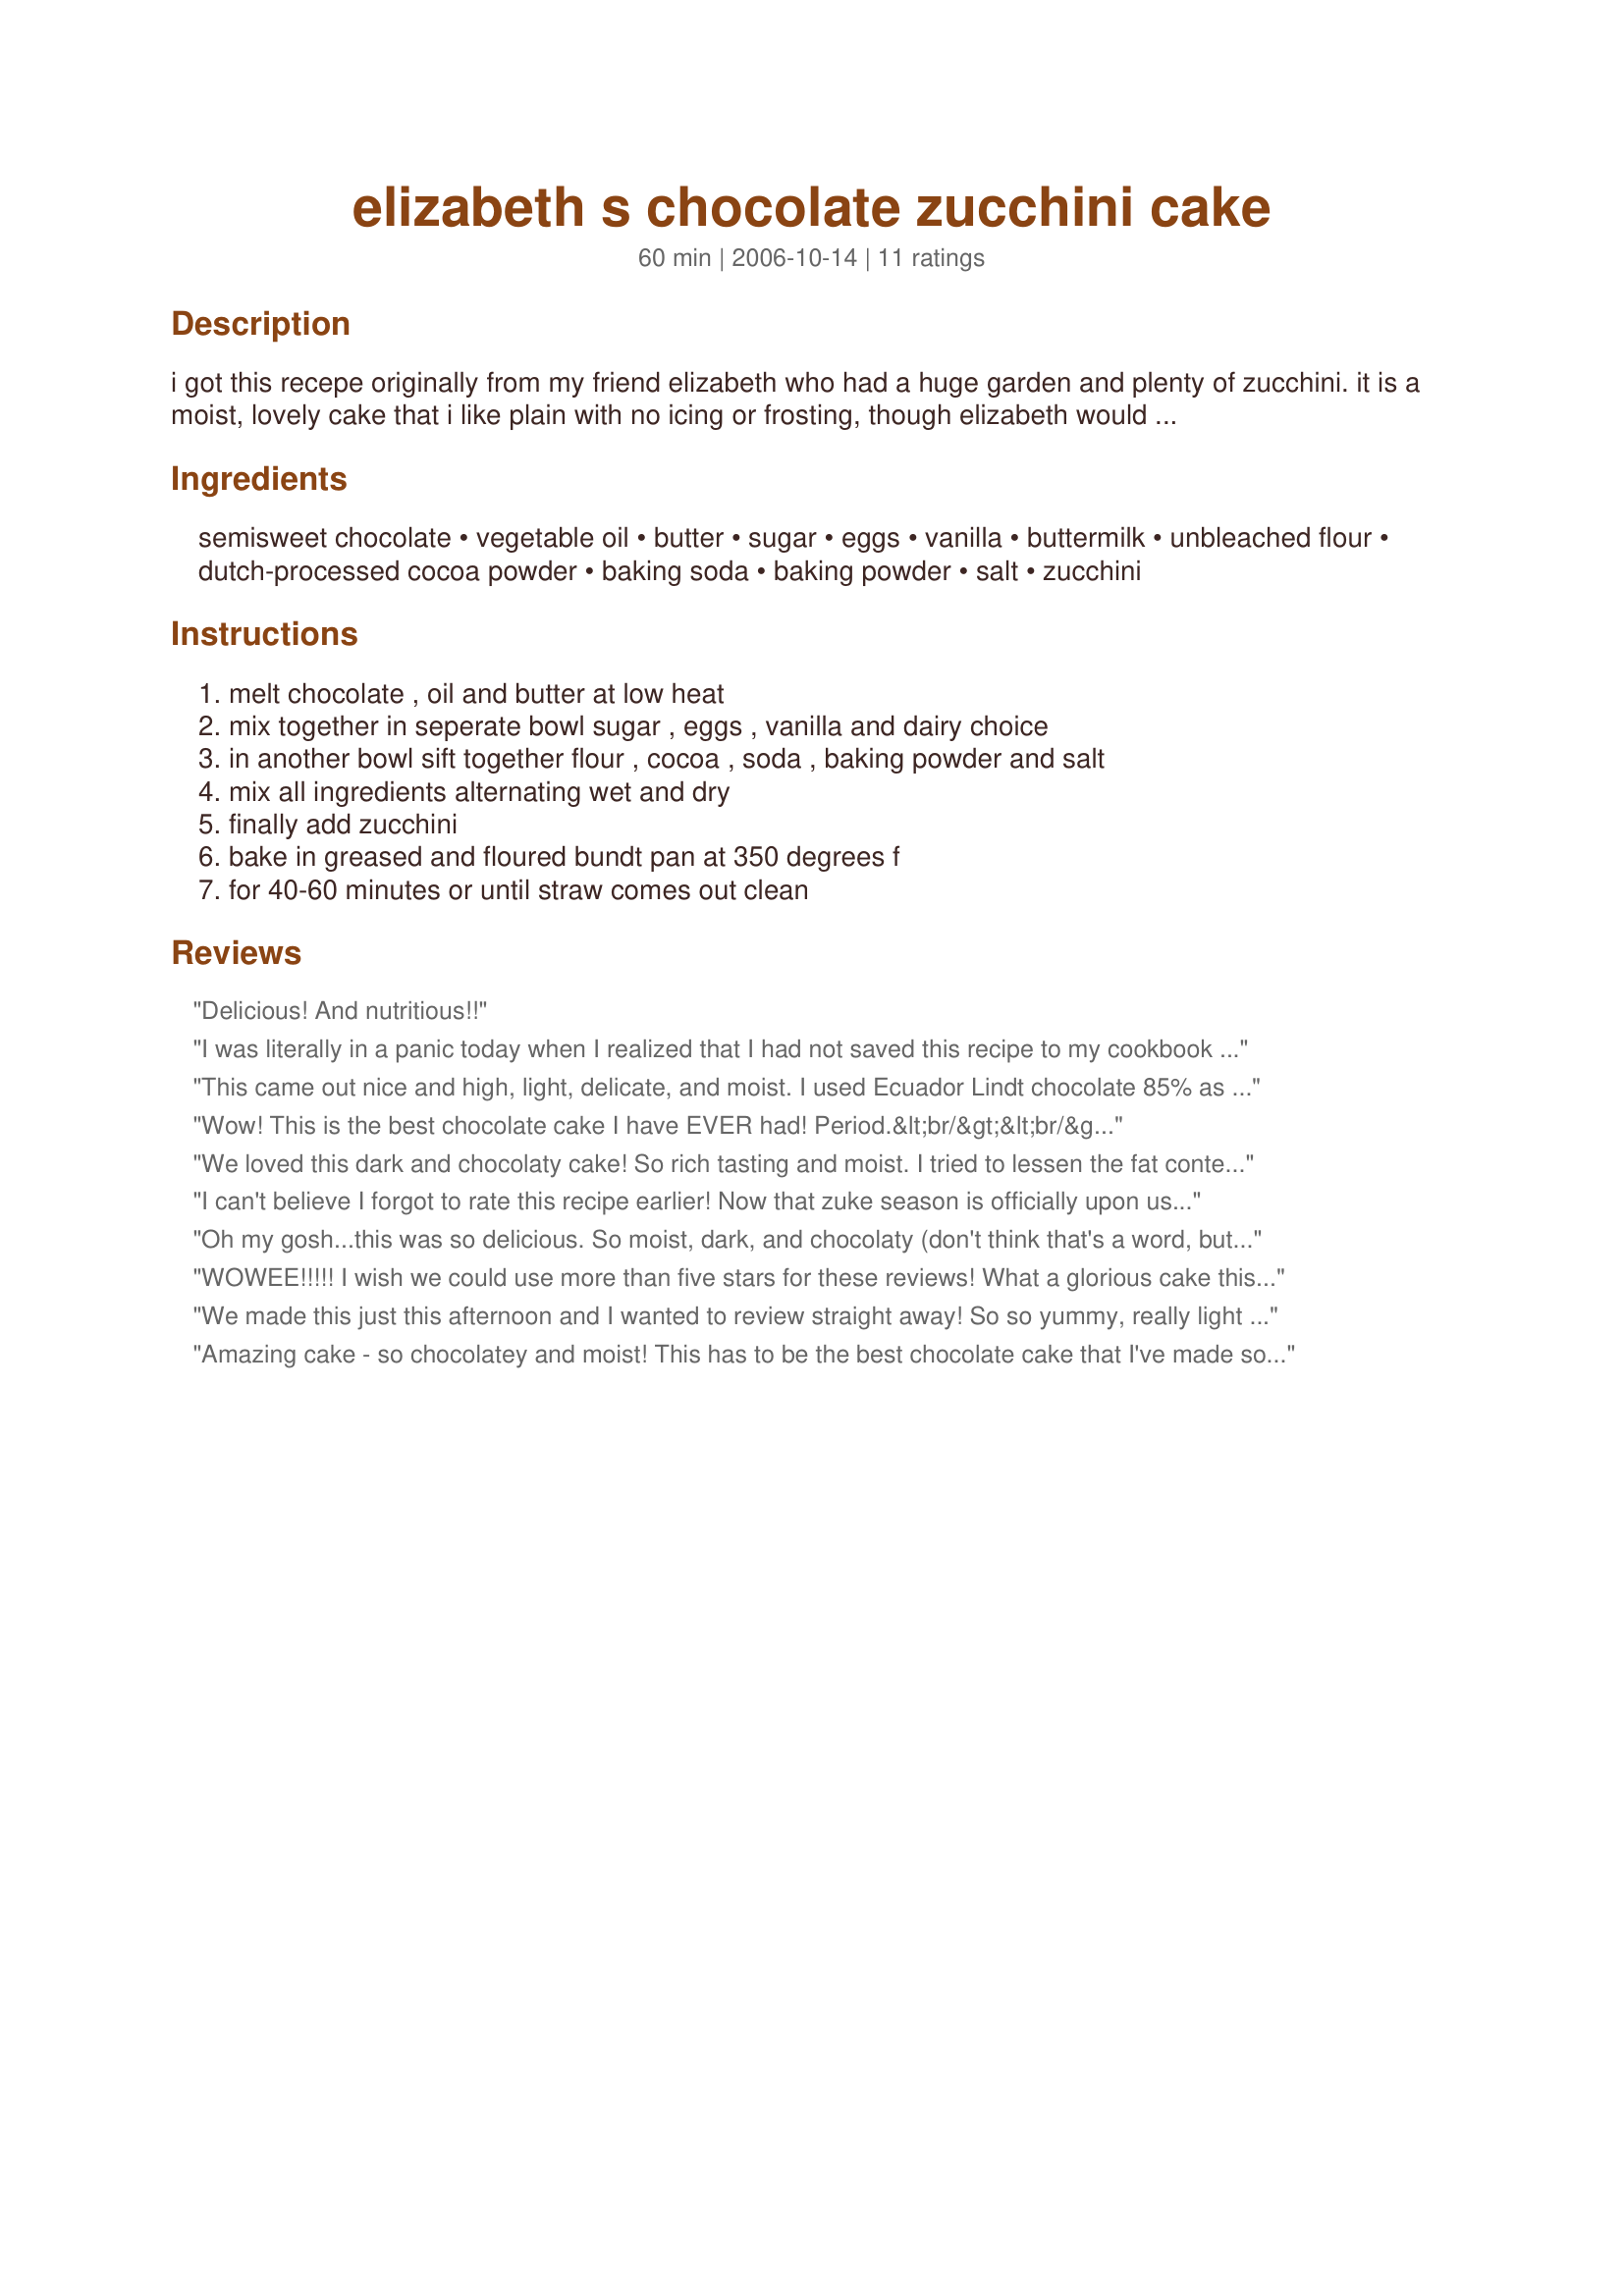
elizabeth s chocolate zucchini cake
Preparation time: 60 minutes

i got this recepe originally from my friend elizabeth who had a huge garden and plenty of zucchini. it is a moist, lovely cake that i like plain with no icing or frosting, though elizabeth would use an orange or lemon glaze . she would also use whole wheat pastry flour. i have also used bittersweet chocolate with great results. sour cream or yogurt can be substituted for the buttermilk.

Ingredients:
semisweet chocolate, vegetable oil, butter, sugar, eggs, vanilla, buttermilk, unbleached flour, dutch-processed cocoa powder, baking soda, baking powder, salt, zucchini

Steps:
melt chocolate , oil and butter at low heat, mix together in seperate bowl sugar , eggs , vanilla and dairy choice, in another bowl sift together flour , cocoa , soda , baking powder and salt, mix all ingredients alternating wet and dry, finally add zucchini, bake in greased and floured bundt pan at 350 degrees f, for 40-60 minutes or until straw comes out clean

Reviews:
Delicious! And nutritious!!
I was literally in a panic today when I realized that I had not saved this recipe to my cookbook when I first made it, and I couldn't find it when I searched!! That should tell you something. This is THE BEST ZUCCHINI CAKE EVER. My kids beg me to make it, my best friend tries to bribe me to make it; it is just that good. While you can't taste the zucchini, it adds a wonderful dimension to this cake and becomes almost ganache like in texture. It is simply delicious.
This came out nice and high, light, delicate, and moist. I used Ecuador Lindt chocolate 85% as that is what I had only 100 grams, and it worked out fine. But not sweet enough for me, so next time I will use a good quality semi sweet chocolate. Kids love it. I did put a cocoa glaze on top. Will make this again, in fact this week to take to dad. Thanks for the great recipe.
Wow! This is the best chocolate cake I have EVER had! Period.&lt;br/&gt;&lt;br/&gt;I used Ghirardelli semisweet baking chocolate. I subbed half of the zucchini for yellow squash because we had loads of it in t he garden (did that with other recipes, too, and they come out the same). The squash/zucchini really adds to the moistness. I made it as a bundt cake, unfrosted, and it took 50 minutes to cook in my oven.&lt;br/&gt;&lt;br/&gt;I will say, this isn&#039;t a healthy cake--the amount of butter, sugar, and white flour pretty much cancels out the squash, but it is an incredible dessert--better than chocolate cake without squash, by far.
We loved this dark and chocolaty cake! So rich tasting and moist. I tried to lessen the fat content by skipping the butter and using only 3/4 cup of canola oil. I also used 6 egg whites, and it still came out moist and delicious! I also drizzled vanilla icing on while warm. Thanks for a great recipe.
I can't believe I forgot to rate this recipe earlier! Now that zuke season is officially upon us, I wanted to make sure to get my rating in this time! This is such a yummy recipe. I used bittersweet (70% cocoa) because that's what I had on hand. It worked great and I even felt a bit healthy about using the high cocoa content and organic zucchini. I love this cake and so did my 5-year-old who never knew he was getting his veggies with dessert. :)
Oh my gosh...this was so delicious. So moist, dark, and chocolaty (don't think that's a word, but you get my drift). You can't even tell that there is zucchini in it, and I don't plan on telling my kids either 8o). I can't believe that there is only 1 rating for this great cake. Thank you NitaD.
WOWEE!!!!! I wish we could use more than five stars for these reviews! What a glorious cake this is! EVERYONE loved it! Even non-chocolate lovers....it's not only a good zucchini cake, it's the best tasting chocolate cake I ever made...and I've made a lot! Moist, moist, moist! I made it exactly as the recipe stated....ate it plain! YUMMY!!! It made my tummy smile :) Thanks NitaD!
We made this just this afternoon and I wanted to review straight away! So so yummy, really light fluffy texture, chocolatey flavour and moistness. I'll use this recipe over and over - and especially good to offload my zucchinis into! Thanks Nita! ..BTW made as described and baked in a springform tin 10" and used yoghurt for the buttermilk.
Amazing cake - so chocolatey and moist! This has to be the best chocolate cake that I've made so far (and I've made this one now 6 times). Plus it uses up some of the mounds of zucchini I have, so that warrants and extra star right there! We've eaten it with no frosting, hot fudge frosting, powdered sugar... but the best, I think was the chocolate/red wine glaze from http://www.recipezaar.com/Cabernet-Chocolate-Cake-With-Strawberries-215133.
Moist and dense. I like a cake with some heft. Baked in a deep 9x13 for about 45 minutes. Covered with a cooked chocolate frosting and toasted walnuts. YUM!
